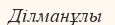
Ділманұлы